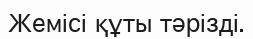
Жемісі құты тәрізді.